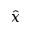
\hat { x }